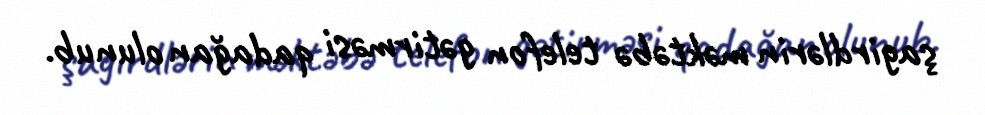
şagirdlərin məktəbə telefon gətirməsi qadağan olunub.